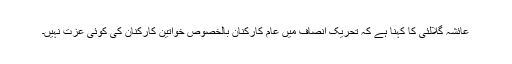
عائشہ گلالئی کا کہنا ہے کہ تحریک انصاف میں عام کارکنان بالخصوص خواتین کارکنان کی کوئی عزت نہیں۔